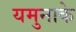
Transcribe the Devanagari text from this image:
यमुनाके